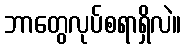
ဘာတွေလုပ်စရာရှိလဲ။